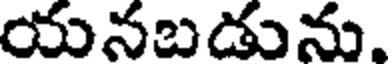
యనబడును.